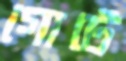
গোটে